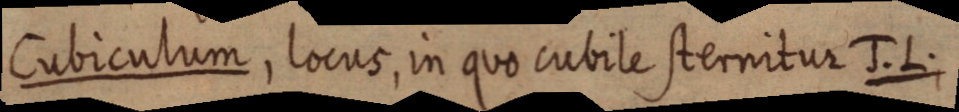
Cubiculum, locus, in quo cubile sternitur J. L;